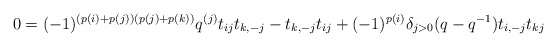
\begin{align*}0=(-1)^{(p(i)+p(j))(p(j)+p(k))}q^{(j)}t_{ij}t_{k,-j} - t_{k,-j}t_{ij} + (-1)^{p(i)}\delta_{j>0}(q-q^{-1})t_{i,-j}t_{kj}\end{align*}